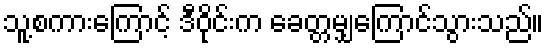
သူ့စကားကြောင့် ဒီဝိုင်းက ခေတ္တမျှကြောင်သွားသည်။